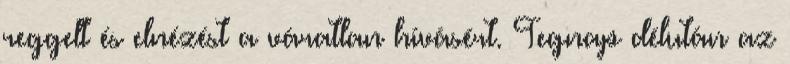
reggelt és elnézést a váratlan hívásért. Tegnap délután az